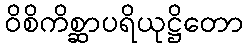
ဝိစိကိစ္ဆာပရိယုဋ္ဌိတော